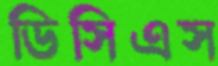
ডিসিএস